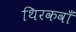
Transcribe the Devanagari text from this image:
थिरकवाँ